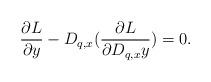
LaTeX: \begin{align*}\frac{\partial L}{\partial y}-D_{q,x}(\frac{\partial L}{\partial D_{q,x}y})=0.\end{align*}